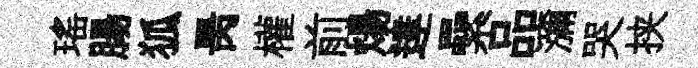
瑤腸狐昺權前煬達纍品瀰哭挟